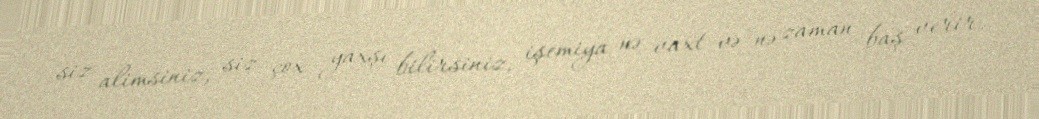
siz alimsiniz, siz çox yaxşı bilirsiniz, işemiya nə vaxt və nə zaman baş verir.